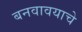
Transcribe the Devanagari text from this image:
बनवावयाचे